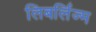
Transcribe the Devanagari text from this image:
लिबर्लिज्म